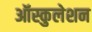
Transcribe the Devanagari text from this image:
ऑस्कुलेशन